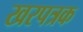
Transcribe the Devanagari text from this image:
खरपत्रक